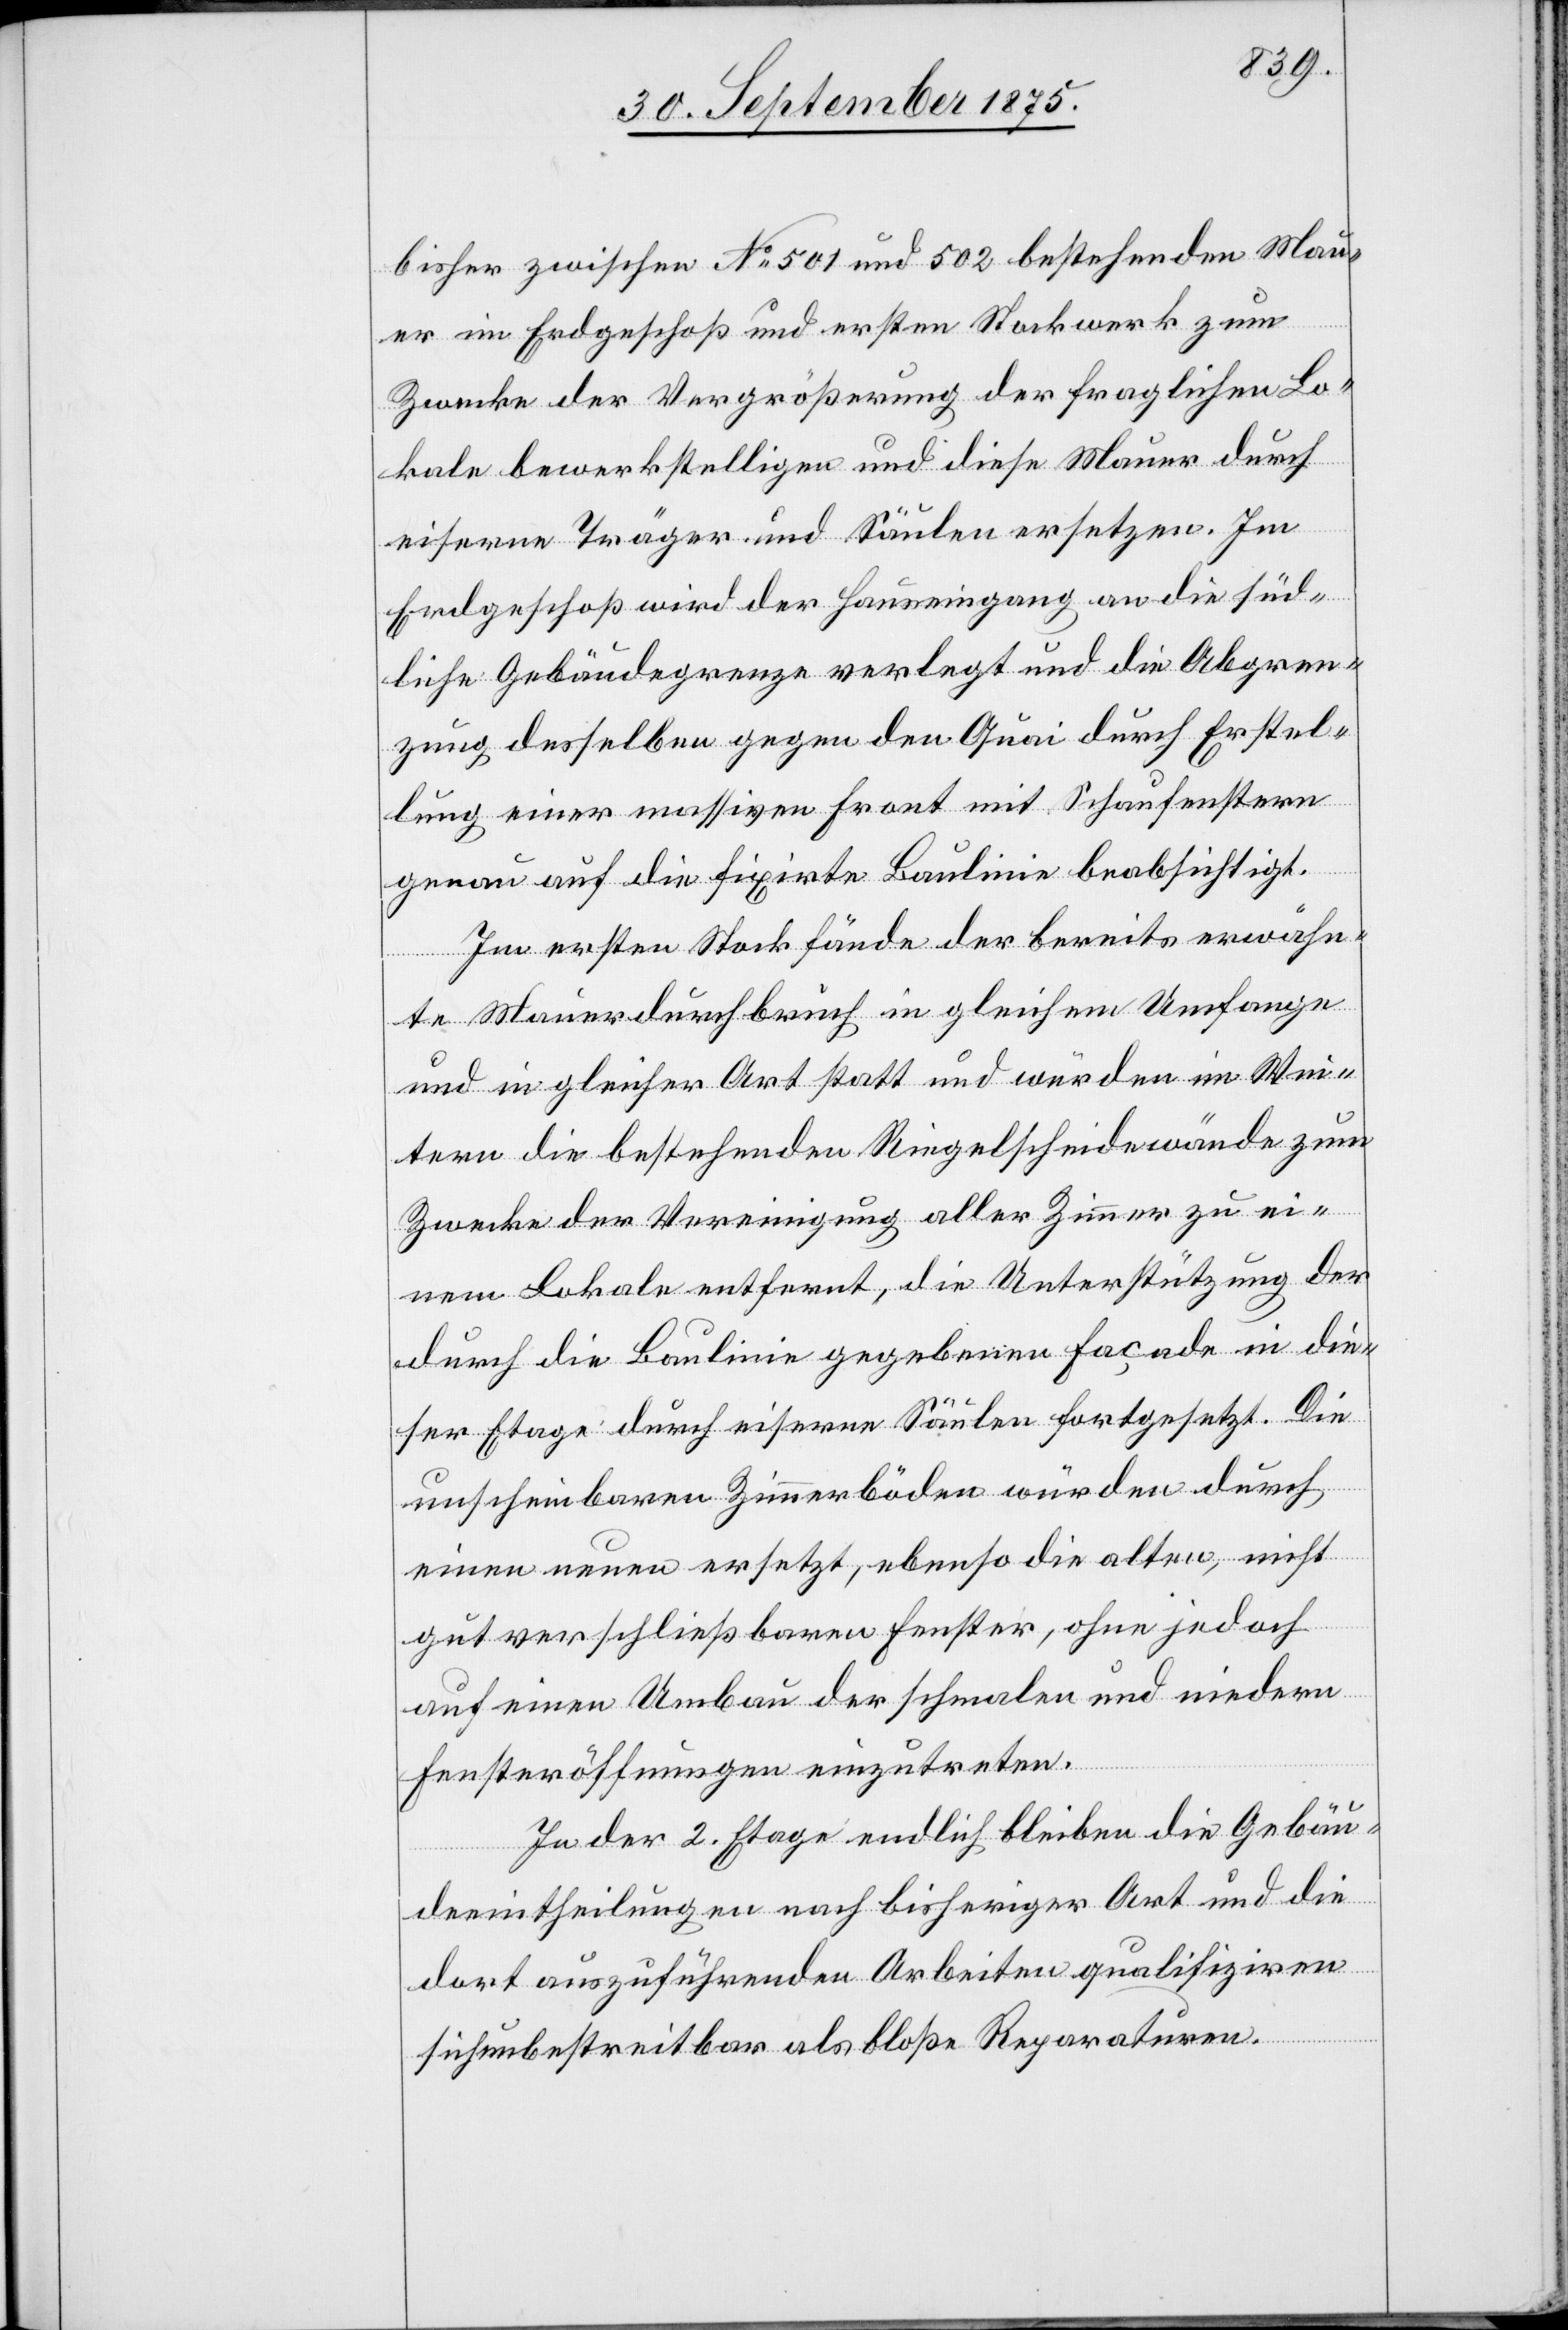
bisher zwischen No 501 und 502 bestehenden Mau¬
er im Erdgeschoß und ersten Stockwerk zum
Zwecke der Vergrößerung der fraglichen Lo¬
kale bewerkstelligen und diese Mauer durch
eiserne Träger und Säulen ersetzen. Im
Erdgeschoß wird der Hauseingang an die süd¬
liche Gebäudegrenze verlegt und die Abgren¬
zung desselben gegen den Quai durch Erstel¬
lung einer massiven Front mit Schaufenstern
genau auf die fixirte Baulinie beabsichtigt.
Im ersten Stock fände der bereits erwähn¬
te Mauerdurchbruch in gleichem Umfange
und in gleicher Art statt und würden im Wei¬
tern die bestehenden Riegelscheidewände zum
Zwecke der Vereinigung aller Zimmer zu ei¬
nem Lokale entfernt, die Unterstützung der
durch die Baulinie gegebenen Façade in die¬
ser Etage durch eiserne Säulen fortgesetzt. Die
unscheinbaren Zimmerböden würden durch
einen neuen ersetzt, ebenso die alten, nicht
gut verschließbaren Fenster, ohne jedoch
auf einen Umbau der schmalen und niedern
Fensteröffnungen einzutreten.
In der 2. Etage endlich bleiben die Gebäu¬
deeintheilungen nach bisheriger Art und die
dort auszuführenden Arbeiten qualifiziren
sich unbestreitbar als bloße Reparaturen.